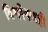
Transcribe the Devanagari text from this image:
विश्लेषणही